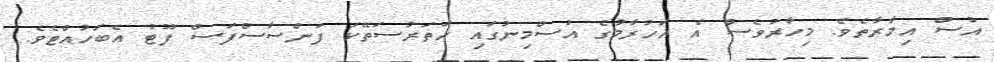
އުސް އިމާރާތެވެ. މިހާރުވެސް އެ އަހުރާމުގެ އުސްމިނުގައި ހަތަރުސަތޭކަ ފަންސާސްފަސް ފޫޓު އެބަހުއްޓެވެ.